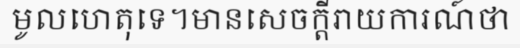
មូលហេតុទេ។មានសេចក្តីរាយការណ៍ថា